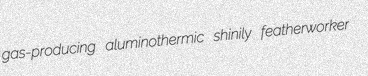
gas-producing aluminothermic shinily featherworker